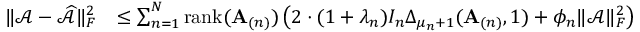
\begin{array} { r l } { \| \mathcal { A } - \widehat { \mathcal { A } } \| _ { F } ^ { 2 } } & { \leq \sum _ { n = 1 } ^ { N } \mathrm { r a n k } ( \mathbf { A } _ { ( n ) } ) \left( 2 \cdot ( 1 + \lambda _ { n } ) I _ { n } \Delta _ { \mu _ { n } + 1 } ( \mathbf { A } _ { ( n ) } , 1 ) + \phi _ { n } \| \mathcal { A } \| _ { F } ^ { 2 } \right) } \end{array}